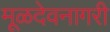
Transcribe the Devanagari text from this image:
मूळदेवनागरी